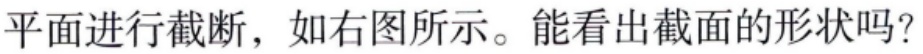
平面进行截断，如右图所示。能看出截面的形状吗？